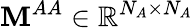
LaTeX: \mathbf{M}^{AA}\in\mathbb{R}^{N_{A}\times N_{A}}